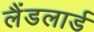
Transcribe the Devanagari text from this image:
लैंडलार्ड